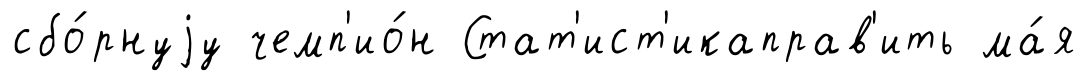
сбо́рнуjу чемп'ио́н Стат'ист'икаправ'ить ма́я